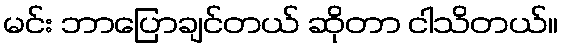
မင်း ဘာပြောချင်တယ် ဆိုတာ ငါသိတယ်။